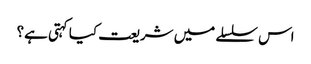
اس سلسلے میں شریعت کیا کہتی ہے؟